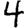
Digit: 4